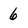
Character: 6